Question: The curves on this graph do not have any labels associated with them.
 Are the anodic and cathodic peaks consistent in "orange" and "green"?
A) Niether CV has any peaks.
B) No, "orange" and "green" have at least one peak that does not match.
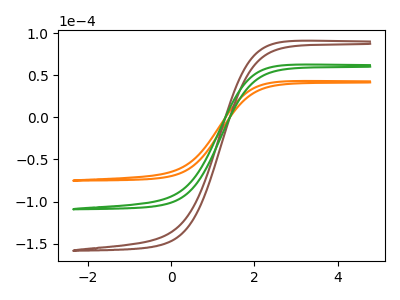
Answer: <think>The orange curve "orange" has no peaks. The brown curve "brown" has no peaks. The green curve "green" has no peaks.</think>
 <answer>A) Niether CV has any peaks.</answer>
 <eval>A</eval>